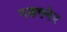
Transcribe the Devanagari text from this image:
गडगनेर